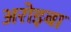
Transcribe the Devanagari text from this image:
अरोइबा